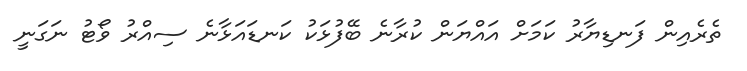
ތެރެއިން ފަނޑިޔާރު ކަމަށް އައްޔަން ކުރާނެ ބޭފުޅަކު ކަނޑައަޅާނެ ސިއްރު ވޯޓު ނަގަނީ